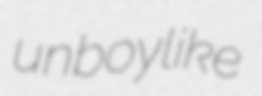
unboylike